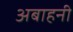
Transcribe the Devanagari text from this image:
अबाहनी